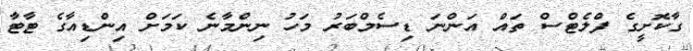
ގާކޮށީގެ ފްލެޓްސް ތައް އަންނަ ޑިސެމްބަރު މަހު ނިންމާނެ ކަމަށް އިންޑިއާގެ ޓާޓާ